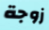
زوجة